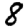
Digit: 8